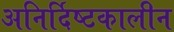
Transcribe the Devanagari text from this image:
अनिर्दिष्टकालीन